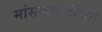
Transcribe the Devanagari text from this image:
मांसकातडीच्या